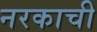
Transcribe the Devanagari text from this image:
नरकाची